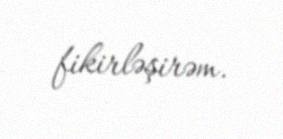
fikirləşirəm.